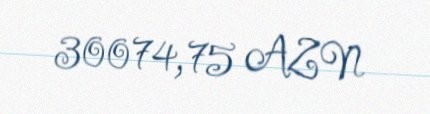
30074,75 AZN